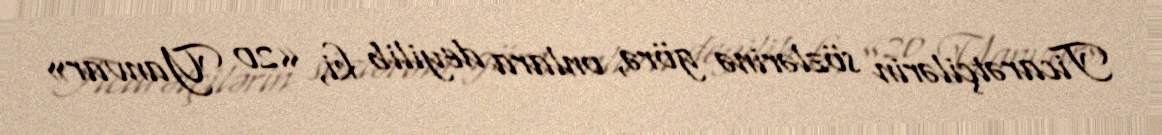
Ticarətçilərin sözlərinə görə, onlara deyilib ki, «20 Yanvar»